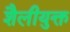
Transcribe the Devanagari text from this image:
शैलीयुक्त